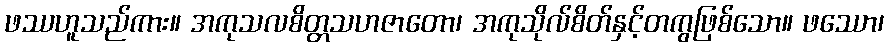
ဖဿဟူသည်ကား။ အကုသလစိတ္တသဟဇာတော၊ အကုသိုလ်စိတ်နှင့်တကွဖြစ်သော။ ဖဿော၊